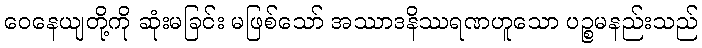
ဝေနေယျတို့ကို ဆုံးမခြင်း မဖြစ်သော် အဿာဒနိဿရဏဟူသော ပဉ္စမနည်းသည်